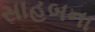
સાહબના